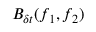
B _ { \delta t } ( f _ { 1 } , f _ { 2 } )